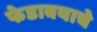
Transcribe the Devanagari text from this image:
फेडावयाचे